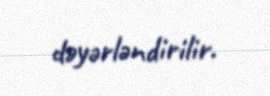
dəyərləndirilir.